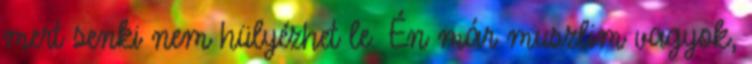
mert senki nem hülyézhet le. Én már muszlim vagyok,